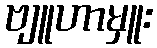
ဗျူဟာမှူး